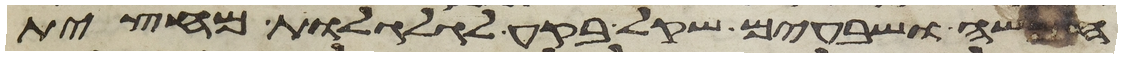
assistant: חמשה ושבעים שקל בקע לגלגלת מחצית